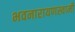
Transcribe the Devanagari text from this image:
भवनारायणस्‍वामी